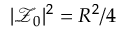
| \mathcal { Z } _ { 0 } | ^ { 2 } = R ^ { 2 } / 4